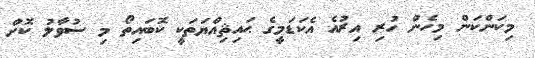
މިކަންކަން މިހެން ހުރި އިރުއެ އެކަޑަމީގެ ޙައިޘިއްޔަތަކީ ކޮބައިތޯ މި ސުވާލު ކޮށް